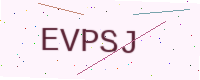
Text: EVPSJ